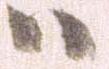
ハ